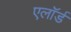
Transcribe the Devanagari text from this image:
एलॉर्ड